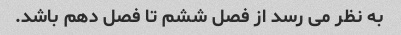
به نظر می رسد از فصل ششم تا فصل دهم باشد.